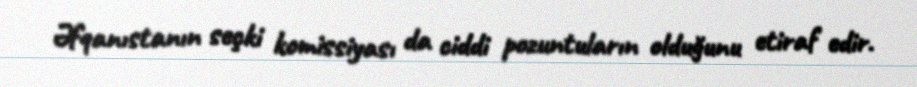
Əfqanıstanın seçki komissiyası da ciddi pozuntuların olduğunu etiraf edir.